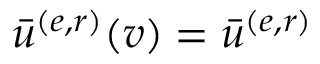
\bar { u } ^ { ( e , r ) } ( v ) = \bar { u } ^ { ( e , r ) }